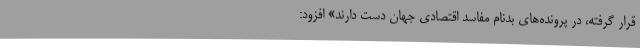
قرار گرفته، در پرونده‌های بدنام مفاسد اقتصادی جهان دست دارند» افزود: